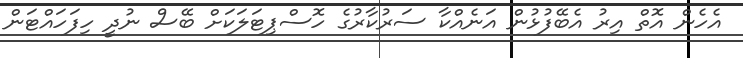
އެހެން އޮތް އިރު އެބޭފުޅުން އަނެއްކާ ސަރުކާރުގެ ހޮސްޕިޓަލަކަށް ބޭސް ނުދީ ހިފަހައްޓަން